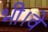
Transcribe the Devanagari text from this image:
भी।वे